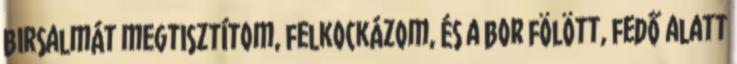
birsalmát megtisztítom, felkockázom, és a bor fölött, fedő alatt